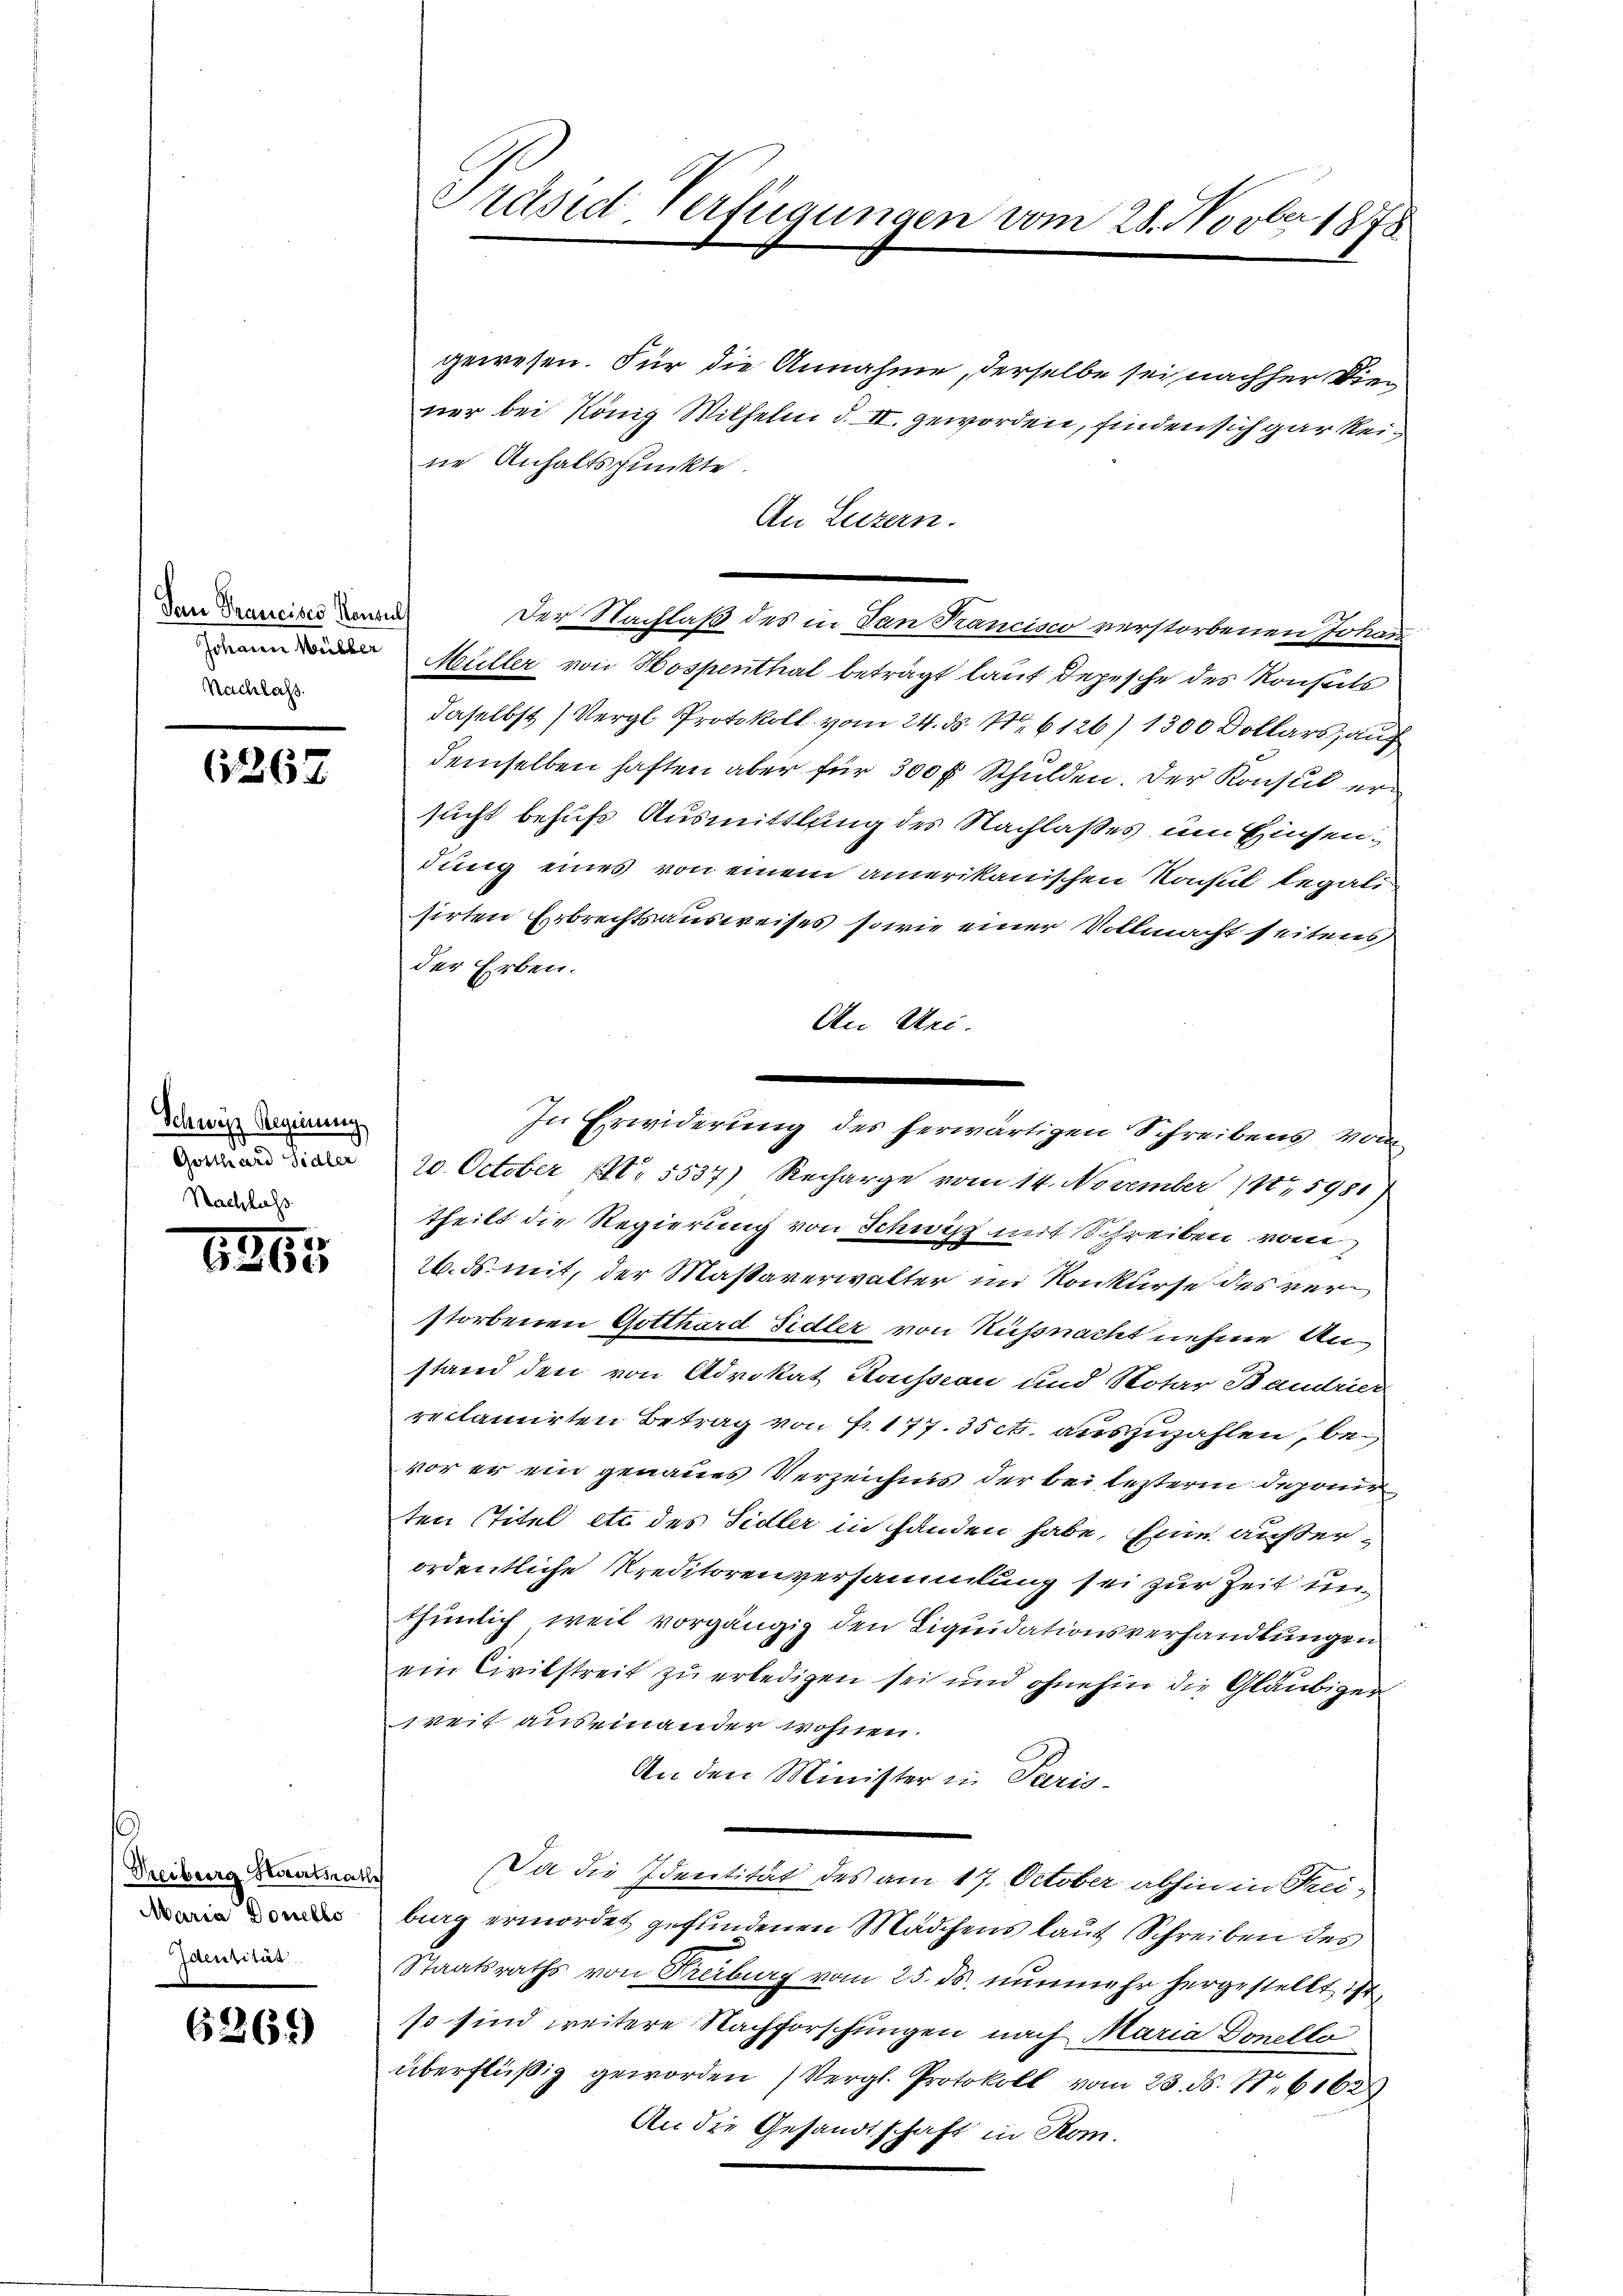
Dan Prancises Konsuls
Nachlass.

6267

Schweiz Reginung
Gotthard Sidler

Treiburg Staatsrat
Maria Donello
Jaenzität

6269)

Präsid-Verfügungen vom 28. Novber 1878

gewesen. Für die Annahme, derselbe sei nachher Diener bei König Wilhelm d. II. geworden, finden sich gar keine Anhaltspunkte
An Luzern.
Der Nachlaß des in Dan Francisco verstorbenen Johann
 Müller von Hospenthal beträgt lauf depesche des Konsuls
daselbst (Vergl. Protokoll vom 24. ds. No. 6126) 1300 Dollars, auf
demselben haften aber für 300 fl. Schulden. Der Konsul ersucht behufs Ausmittlung des Nachlaßes um Einsendung eines von einem amerikanischen Konsul legali
sirten Erbrechtsausweises, sowie einer Vollmacht seitens
der Erben.
An Uri.
20. October 1. 5537) Recharge vom 14. November 188. 5981
theilt die Regierung von Schwist mit Schreiben vom
26. ds. mit, der Massaverwalter im Konkurse des verstorbenen Gotthard Sidler von Küßnacht nehme Anstand den von Advokat Rossian und Rotar Bandrer
reclamirten Betrag von Fr. 177. 35 c. auszuzahlen, bevor er ein genaues Verzeichnis der bei lezterm deponir
ten Titel etc des Sidler in fanden habe. Eine außerordentliche Kreditorenversammlung sei zur Zeit unthümlich weil vorgängig den Liquidationsverhandlungen
ein Civilstreit zŭ erledigen sei und ohnehin die Gläubiger
weit auseinander wohnen.
An den Minister in Paris-
Da die Identität des am 17. October abhin in Freiburg ermordet gefundenen Mädchens laut Schreiben des
Staatsraths von Freiburg vom 25. ds. nunmehr hergestellt ist,
so sind weitere Nachforschungen nach Maria Donello
überflüßig geworden (Vergl. Protokoll vom 23. d. 16162
An die Gesandtschaft in Rom.

In Erwiderung des herwärtigen Schreibens vom